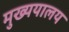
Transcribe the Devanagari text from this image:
मुख्ययालय